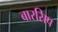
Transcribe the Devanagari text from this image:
बारसिप